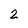
Character: 2